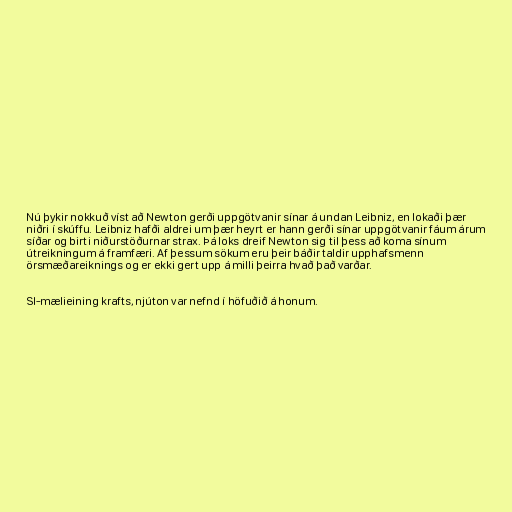
Nú þykir nokkuð víst að Newton gerði uppgötvanir sínar á undan Leibniz, en lokaði þær
niðri í skúffu. Leibniz hafði aldrei um þær heyrt er hann gerði sínar uppgötvanir fáum árum
síðar og birti niðurstöðurnar strax. Þá loks dreif Newton sig til þess að koma sínum
útreikningum á framfæri. Af þessum sökum eru þeir báðir taldir upphafsmenn
örsmæðareiknings og er ekki gert upp á milli þeirra hvað það varðar.

SI-mælieining krafts, njúton var nefnd í höfuðið á honum.